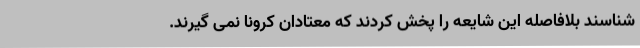
شناسند بلافاصله این شایعه را پخش کردند که معتادان کرونا نمی گیرند.